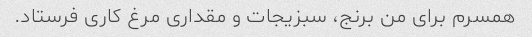
همسرم برای من برنج، سبزیجات و مقداری مرغ کاری فرستاد.